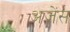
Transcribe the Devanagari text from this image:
अजेंस